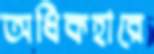
অধিকহারে